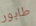
طابور